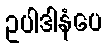
ဥပါဒါနံပေ